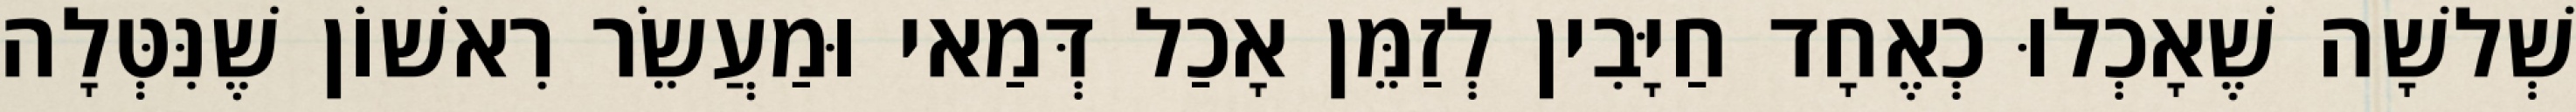
שְׁלשָׁה שֶׁאָכְלוּ כְאֶחָד חַיָּבִין לְזַמֵּן אָכַל דְּמַאי וּמַעֲשֵׂר רִאשׁוֹן שֶׁנִּטְּלָה